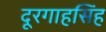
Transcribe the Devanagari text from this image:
दूरगाहसिंह